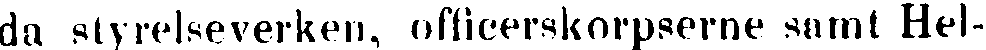
da styrelseverken, officerskorpserne samt Hel-